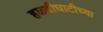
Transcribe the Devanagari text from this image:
हळदीघाटीच्या